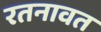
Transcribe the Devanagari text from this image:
रतनावत